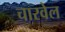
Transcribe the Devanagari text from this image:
चारवेल